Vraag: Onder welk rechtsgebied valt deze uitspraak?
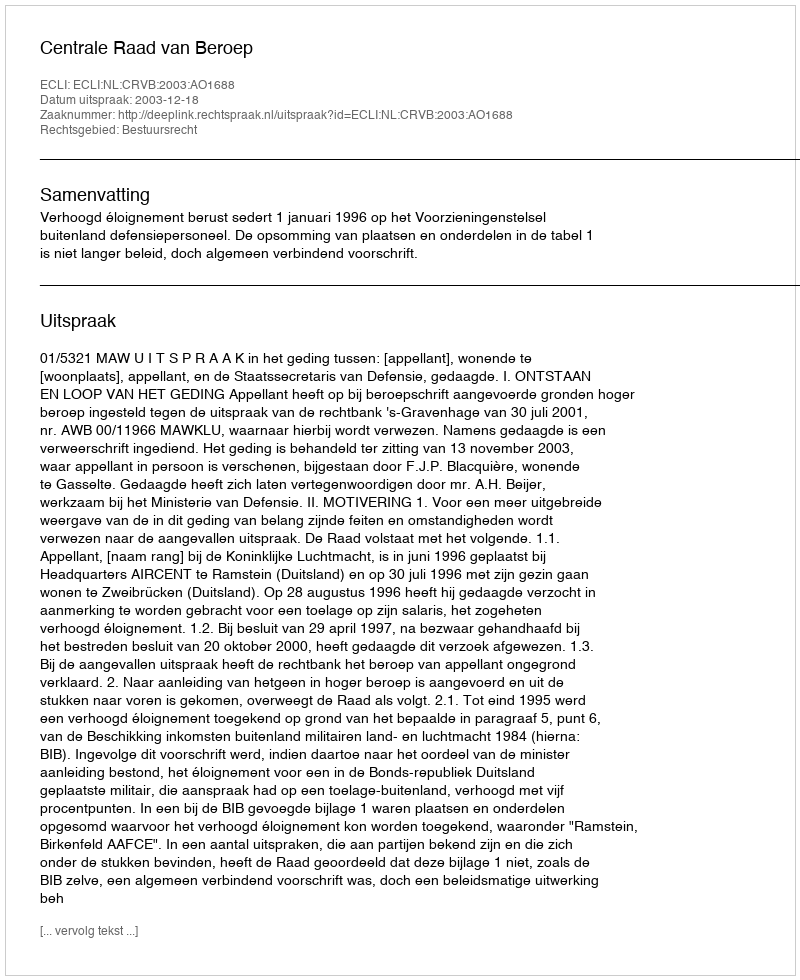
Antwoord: Bestuursrecht